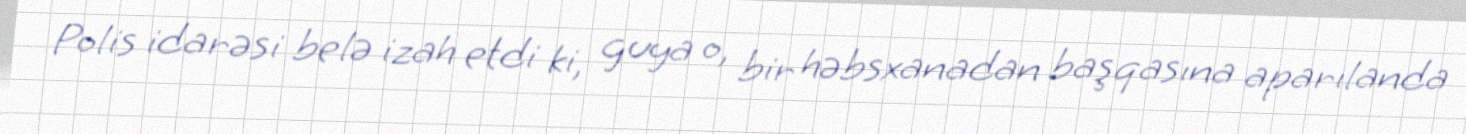
Polis idarəsi belə izah etdi ki, guya o, bir həbsxanadan başqasına aparılanda